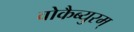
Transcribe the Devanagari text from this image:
वोकैब्युरम्